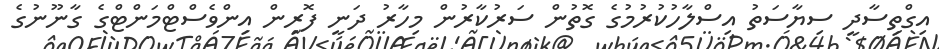
އިގްތިސާދީ ސިޔާސަތު އިސްލާހުކުރުމުގެ ގޮތުން ސަރުކާރުން މިހާރު ދަނީ ފޮރިން އިންވެސްޓްމަންޓްގެ ގާނޫނުގެ